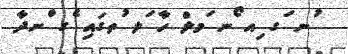
ުނ ަގ ިއ ޯނ ަމލް ހާ ަލ ުތގައި ެގ ްނދާ